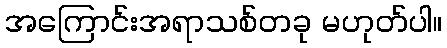
အကြောင်းအရာသစ်တခု မဟုတ်ပါ။